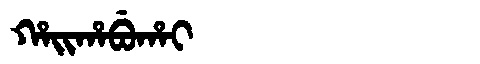
Manchu: ᡥᠠᡳᡥᠠᠪᡠᡥᠠᡳ
Romanization: HAIHABUHAI